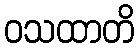
ဝသထာတိ